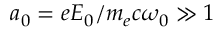
a _ { 0 } = e E _ { 0 } / m _ { e } c \omega _ { 0 } \gg 1